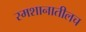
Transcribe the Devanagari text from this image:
स्मशानातीलच